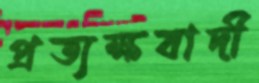
প্রত্যক্ষবাদী